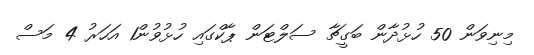
މިނިވަން 50 ހުޅުދާން ބަގީޗާ ސަލްޓަން ޕާކްގައި ހުޅުވުން1 އަހަރު 4 މަސް